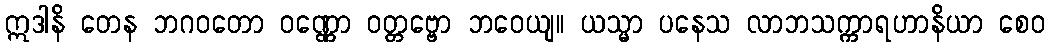
ဣဒါနိ တေန ဘဂဝတော ဝဏ္ဏော ဝတ္တဗ္ဗော ဘဝေယျ။ ယသ္မာ ပနေသ လာဘသက္ကာရဟာနိယာ စေဝ